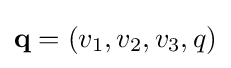
\mathbf {q} =\left(v_{1},v_{2},v_{3},q\right)